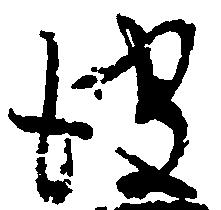
彼